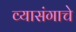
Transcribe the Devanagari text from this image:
व्यासंगाचे